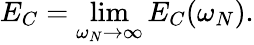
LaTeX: E_{C}=\operatorname*{lim}_{\omega_{N}\rightarrow\infty}E_{C}(\omega_{N}).